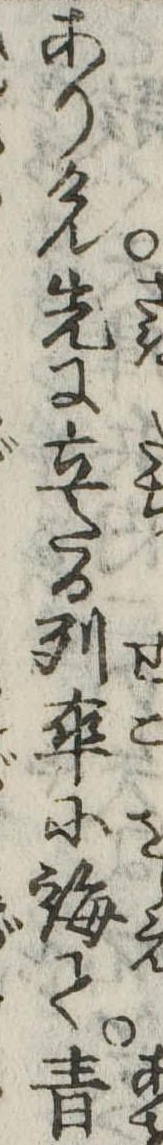
ありけん先に立たる列卒に誨て青